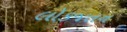
લોકજતન